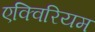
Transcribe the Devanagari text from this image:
एक्विरियम